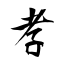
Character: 孝